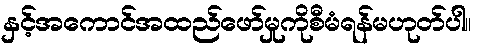
နှင့်အကောင်အထည်ဖော်မှုကိုစီမံရန်မဟုတ်ပါ။